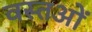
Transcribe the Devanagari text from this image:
वस्तओं